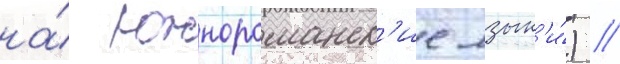
на́ южнороманск'ие язык'и́) //